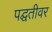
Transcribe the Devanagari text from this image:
पद्घतीवर